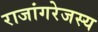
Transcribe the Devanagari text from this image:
राजांगरेजस्य